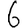
Digit: 6